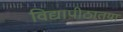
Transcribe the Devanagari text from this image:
विद्यापीठातया